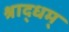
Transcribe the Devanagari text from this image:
श्राद्धम्‌